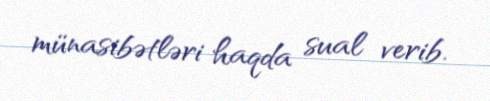
münasibətləri haqda sual verib.